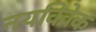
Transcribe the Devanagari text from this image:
नयविवेक